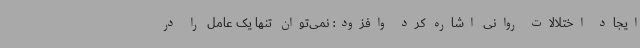
ایجاد اختلالات روانی اشاره کرد وافزود: نمی‌توان تنها یک عامل را در